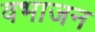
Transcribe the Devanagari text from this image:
वभाजन